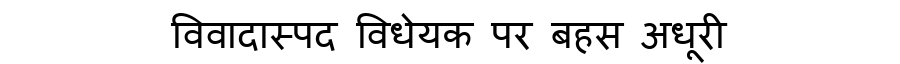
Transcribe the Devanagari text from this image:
विवादास्पद विधेयक पर बहस अधूरी